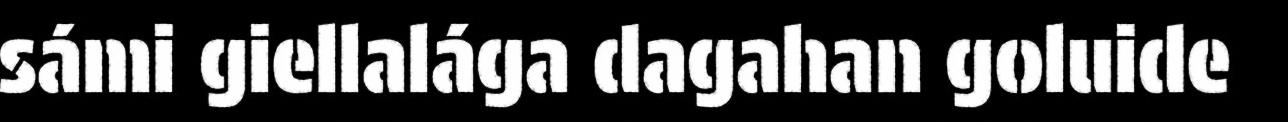
sámi giellalága dagahan goluide